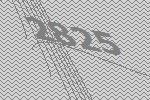
2825